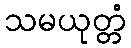
သမယုတ္တံ